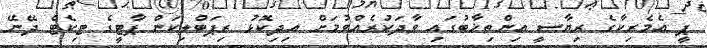
ޕީ އެމެރިކާގެ ރިޔާސީ އިންތިޚާބުގައި ވާދަކުރެއްވުމަށް އިދިކޮޅު ރިޕަބްލިކަން ޕާޓީގެ ޓިކެޓް ދޭނޭ